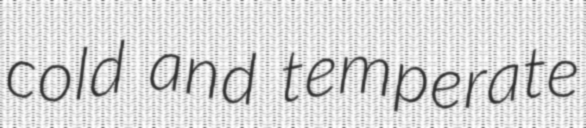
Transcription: cold and temperate